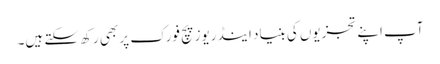
آپ اپنے تجزیوں کی بنیاد اینڈریوز پچ فورک پر بھی رکھ سکتے ہیں۔